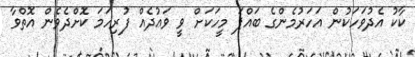
ކާކު އެދުވަހަކުން އަހަރުމެންގެ ބައްޕަ މީހަކަށް ވީ ވަޢުދެއް ފުރިހަމަ ކޮށްދެވެން އޮތްވާ